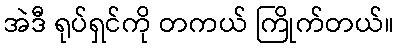
အဲဒီ ရုပ်ရှင်ကို တကယ် ကြိုက်တယ်။